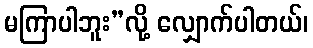
မကြာပါဘူး”လို့ လျှောက်ပါတယ်၊